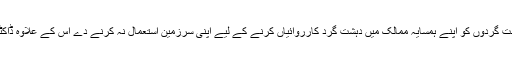
امریکا نے مطالبہ کیا تھا کہ پاکستان دہشت گردوں کو اپنے ہمسایہ ممالک میں دہشت گرد کارروائیاں کرنے کے لیے اپنی سرزمین استعمال نہ کرنے دے اس کے علاوہ ڈاکٹر شکیل آفریدی کو بھی فوری رہا کرے۔